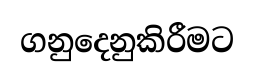
ගනුදෙනුකිරීමට